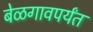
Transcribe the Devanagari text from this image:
बेळगावपर्यंत